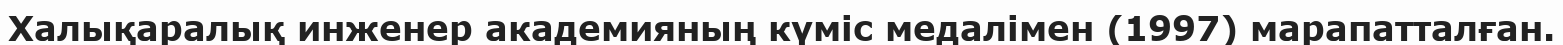
Халықаралық инженер академияның күміс медалімен (1997) марапатталған.